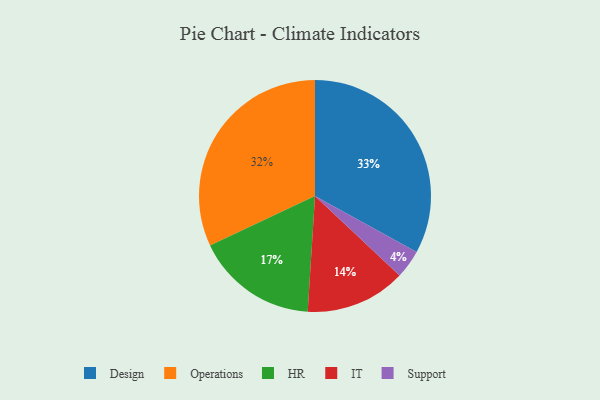
{"axis": {"x": "Category", "y": "Percentage"}, "legend": ["Design", "HR", "IT", "Operations", "Support"], "data": [{"x": "Design", "y": 33, "type": "Design"}, {"x": "HR", "y": 17, "type": "HR"}, {"x": "Operations", "y": 32, "type": "Operations"}, {"x": "IT", "y": 14, "type": "IT"}, {"x": "Support", "y": 4, "type": "Support"}]}